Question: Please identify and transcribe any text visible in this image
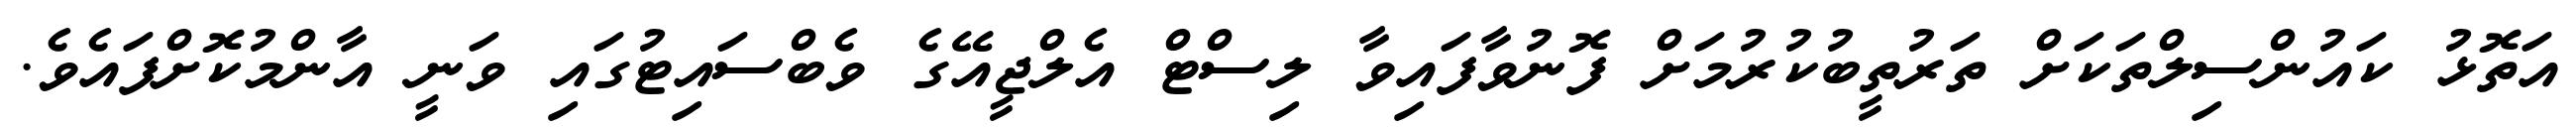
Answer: އަތޮޅު ކައުންސިލްތަކަށް ތަރުތީބުކުރުމަށް ފޮނުވާފައިވާ ލިސްޓް އެލްޖީއޭގެ ވެބްސައިޓުގައި ވަނީ އާންމުކޮށްފައެވެ.